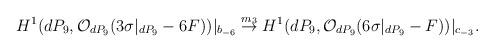
LaTeX: \begin{align*}H^{1} (dP_9, {\cal O}_{dP_9} (3 \sigma|_{dP_9} -6F))|_{b_{-6}}\stackrel{m_3}{\rightarrow}H^{1} (dP_9, {\cal O}_{dP_9} (6 \sigma|_{dP_9} -F))|_{c_{-3}}.\end{align*}